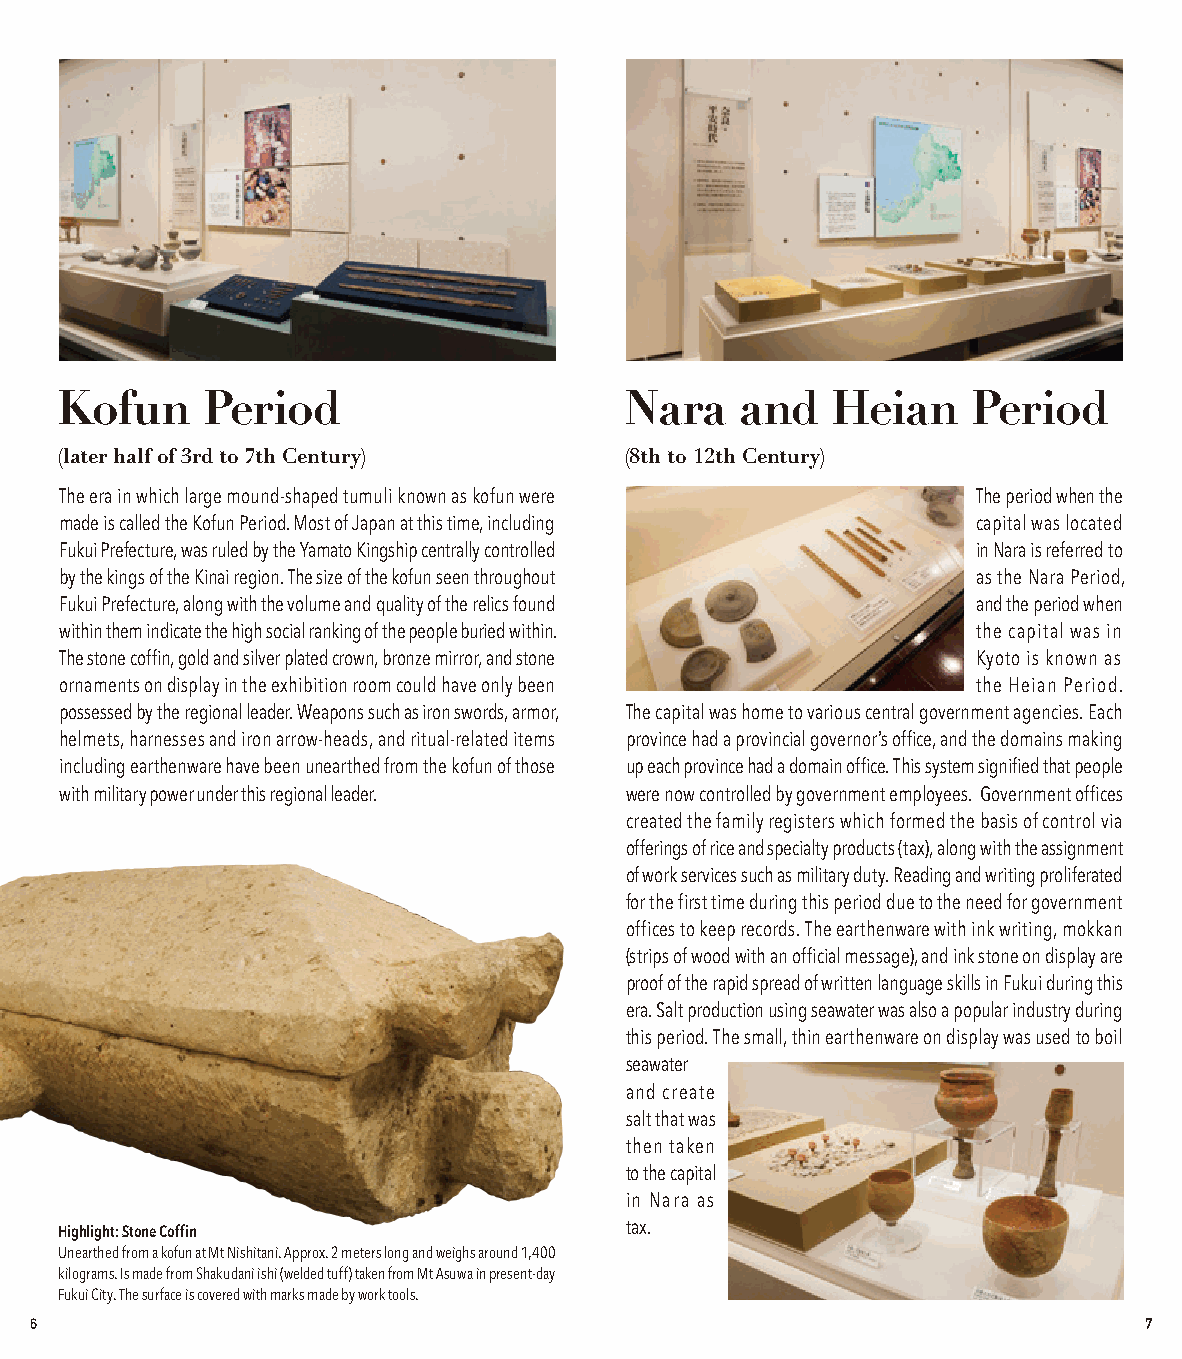
Kofun    Period                      Nara    and   Heian    Period
 (later half of 3rd to 7th Century)   (8th to 12th Century)
 The era in which large mound-shaped tumuli known as kofun were The period when the
 made is called the Kofun Period. Most of Japan at this time, including capital was located
 Fukui Prefecture, was ruled by the Yamato Kingship centrally controlled in Nara is referred to
 by the kings of the Kinai region. The size of the kofun seen throughout as the Nara Period,
 Fukui Prefecture, along with the volume and quality of the relics found and the period when
 within them indicate the high social ranking of the people buried within. the capital was in
 The stone coffin, gold and silver plated crown, bronze mirror, and stone Kyoto is known as
 ornaments on display in the exhibition room could have only been the Heian Period.
 possessed by the regional leader. Weapons such as iron swords, armor, The capital was home to various central government agencies. Each
 helmets, harnesses and iron arrow-heads, and ritual-related items province had a provincial governor’s office, and the domains making
 including earthenware have been unearthed from the kofun of those up each province had a domain office. This system signified that people
 with military power under this regional leader. were now controlled by government employees. Government offices
 created the family registers which formed the basis of control via
 offerings of rice and specialty products (tax), along with the assignment
 of work services such as military duty. Reading and writing proliferated
 for the first time during this period due to the need for government
 offices to keep records. The earthenware with ink writing, mokkan
 (strips of wood with an official message), and ink stone on display are
 proof of the rapid spread of written language skills in Fukui during this
 era. Salt production using seawater was also a popular industry during
 this period. The small, thin earthenware on display was used to boil
 seawater
 and create
 salt that was
 then taken
 to the capital
 in Nara as
 tax.
 Highlight: Stone Coffin
 Unearthed from a kofun at Mt Nishitani. Approx. 2 meters long and weighs around 1,400
 kilograms. Is made from Shakudani ishi (welded tuff) taken from Mt Asuwa in present-day
 Fukui City. The surface is covered with marks made by work tools.
 6                                                                         7